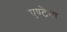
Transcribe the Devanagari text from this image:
एण्टेना